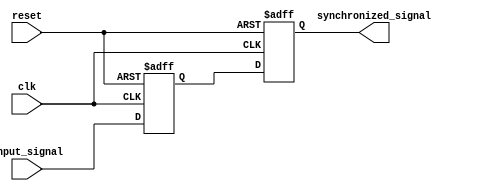
module timing_control (
    input wire clk,
    input wire reset,

    input wire input_signal,
    output reg synchronized_signal
);

reg flop1;
reg flop2;

always @ (posedge clk or posedge reset) begin
    if (reset) begin
        flop1 <= 1'b0;
    end else begin
        flop1 <= input_signal;
    end
end

always @ (posedge clk or posedge reset) begin
    if (reset) begin
        flop2 <= 1'b0;
    end else begin
        flop2 <= flop1;
    end
end

assign synchronized_signal = flop2;

endmodule